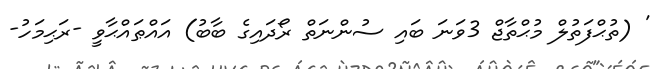
' (ތުޙްފަތުލް މުޙްތާޖް 3ވަނަ ބައި ސުންނަތް ރޯދައިގެ ބާބު) އައްޠައްޙާވީ -ރަޙިމަހު-